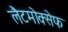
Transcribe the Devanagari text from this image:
लैटमोक्सेफ